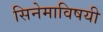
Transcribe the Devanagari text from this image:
सिनेमाविषयी